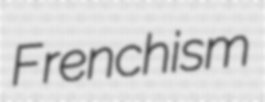
Frenchism